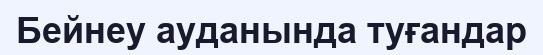
Бейнеу ауданында туғандар